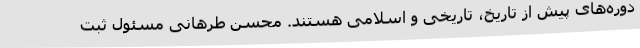
دوره‌های پیش از تاریخ، تاریخی و اسلامی هستند. محسن طرهانی مسئول ثبت